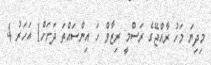
މިދިޔަ މަހު ރާއްޖޭގެ ރަސްމީ ރިޒާވް ހަ އިންސައްތަ ދަށަށް1 އަހަރު 4